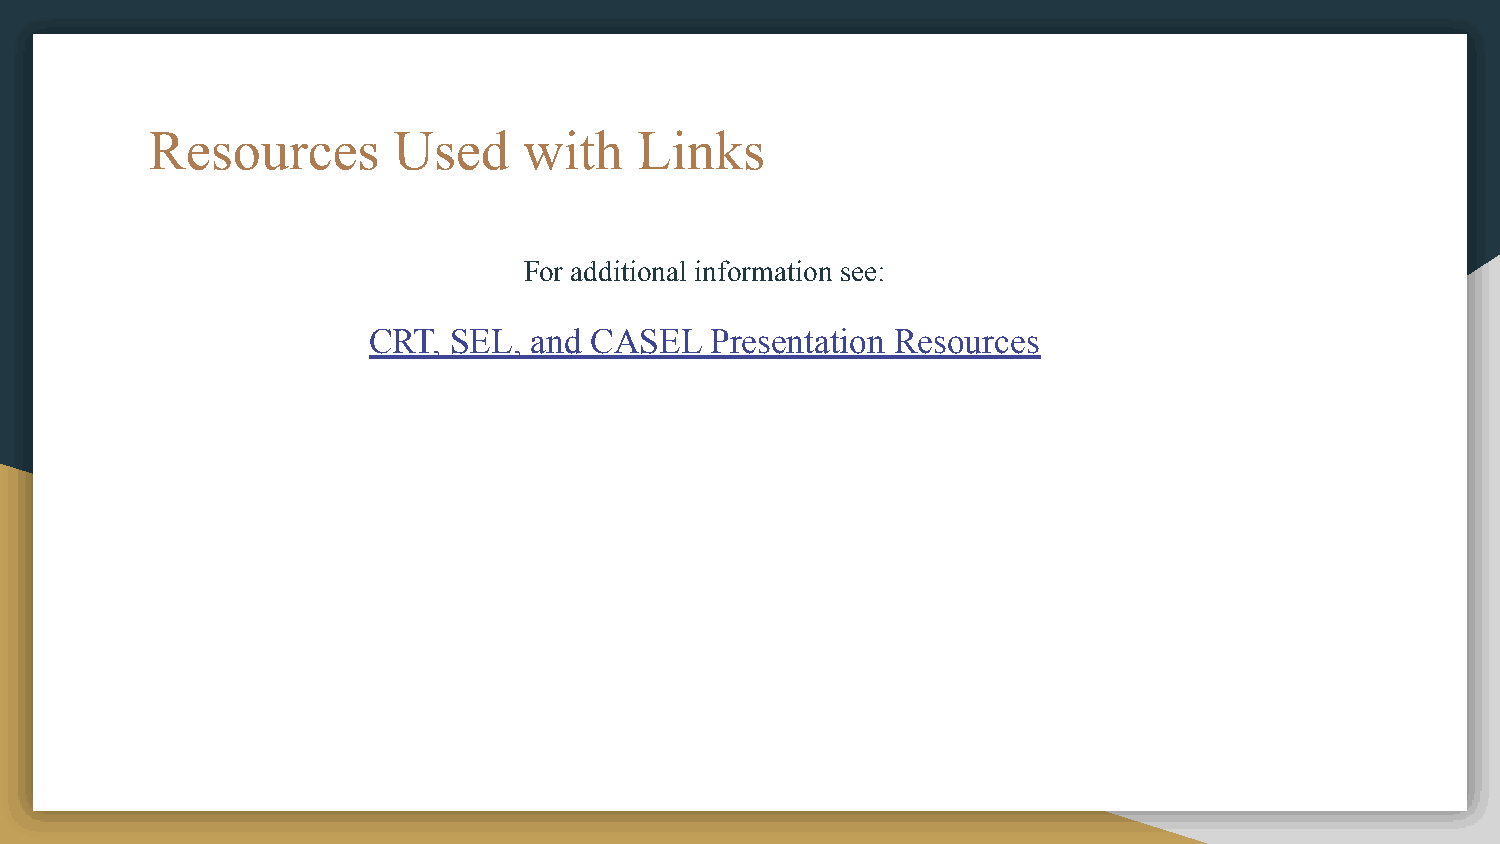
Resources       Used     with   Links
 For additional information see:
 CRT,  SEL, and CASEL   Presentation Resources